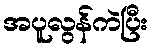
အပူလွန်ကဲပြီး